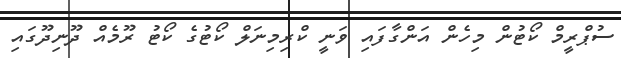
ސުޕްރީމް ކޯޓުން މިހެން އަންގާފައި ވަނީ ކްރިމިނަލް ކޯޓުގެ ކޯޓު ރޫމެއް ދޫނިދޫގައި